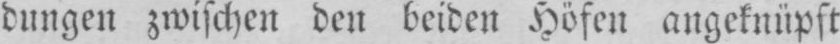
dungen zwischen den beiden Höfen angeknüpft